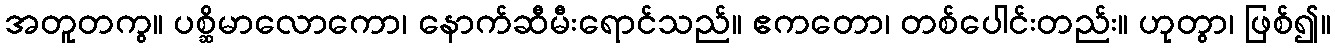
အတူတကွ။ ပစ္ဆိမာလောကော၊ နောက်ဆီမီးရောင်သည်။ ဧကတော၊ တစ်ပေါင်းတည်း။ ဟုတွာ၊ ဖြစ်၍။